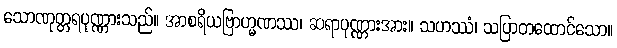
သောဏုတ္တရပုဏ္ဏားသည်။ အာစရိယဗြာဟ္မဏဿ၊ ဆရာပုဏ္ဏားအား။ သဟဿံ၊ သပြာတထောင်သော။